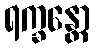
ရက္ခန္တော